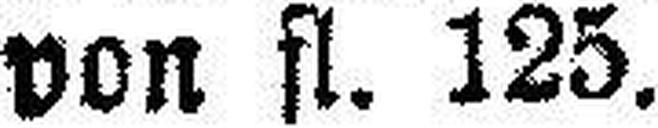
von fl. 125.